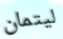
ليتمان